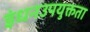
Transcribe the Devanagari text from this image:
इंधनउपयुक्तता